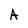
Character: A